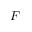
F